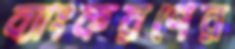
ব্যাংকরণের